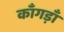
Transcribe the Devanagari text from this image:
काँगड़ाँ